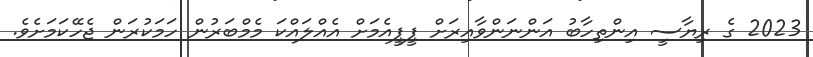
2023 ގެ ރިޔާސީ އިންތިހާބު އަންނަންވާއިރަށް ޕީޕީއެމަށް އެއްލައްކަ މެމްބަރުން ހަމަކުރަން ޖެހޭކަމަށެވެ.